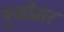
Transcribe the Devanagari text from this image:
ब्रुखीमर